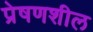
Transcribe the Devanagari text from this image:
प्रेषणशील